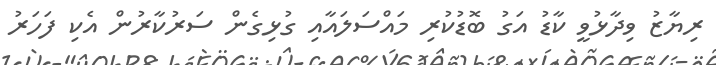
ރިޔާޒު ވިދާޅުވީ ކާޑު އަގު ބޮޑުކުރި މައްސަލައާއި ގުޅިގެން ސަރުކާރުން އެކި ފަހަރު